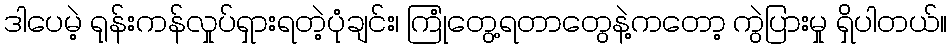
ဒါပေမဲ့ ရုန်းကန်လှုပ်ရှားရတဲ့ပုံချင်း၊ ကြုံတွေ့ရတာတွေနဲ့ကတော့ ကွဲပြားမှု ရှိပါတယ်။